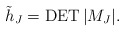
\begin{gather*} {\tilde{h}}_{J} =\operatorname{DET} \vert M_{J} \vert. \end{gather*}